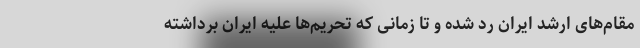
مقام‌های ارشد ایران رد شده و تا زمانی که تحریم‌ها علیه ایران برداشته